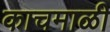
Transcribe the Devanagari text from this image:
काचमाळी